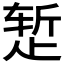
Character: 𬆂